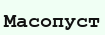
Масопуст